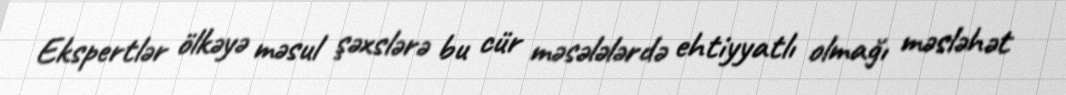
Ekspertlər ölkəyə məsul şəxslərə bu cür məsələlərdə ehtiyyatlı olmağı məsləhət